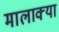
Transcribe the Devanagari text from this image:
मालाक्‍या